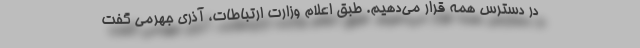
در دسترس همه قرار می‌دهیم. طبق اعلام وزارت ارتباطات، آذری جهرمی گفت